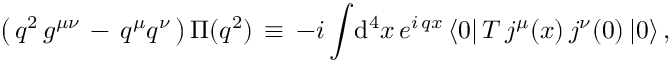
\big ( \, q ^ { 2 } \, g ^ { \mu \nu } \, - \, q ^ { \mu } q ^ { \nu } \, \big ) \, \Pi ( q ^ { 2 } ) \, \equiv \, - i \int \! \mathrm { d } ^ { 4 } x \, e ^ { i \, q x } \, \langle 0 | \, T \, j ^ { \mu } ( x ) \, j ^ { \nu } ( 0 ) \, | 0 \rangle \, ,